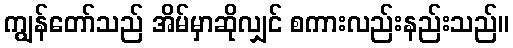
ကျွန်တော်သည် အိမ်မှာဆိုလျှင် စကားလည်းနည်းသည်။